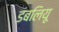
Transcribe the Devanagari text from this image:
डबलियू